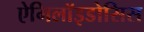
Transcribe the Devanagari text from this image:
ऐमिलॉइडोसिस